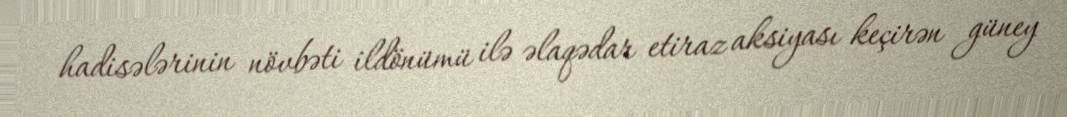
hadisələrinin növbəti ildönümü ilə əlaqədar etiraz aksiyası keçirən güney